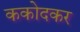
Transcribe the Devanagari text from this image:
ककोदकर